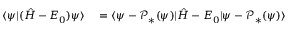
\begin{array} { r l } { \langle \psi | ( \hat { H } - E _ { 0 } ) \psi \rangle } & { { } = \langle \psi - \mathcal { P } _ { * } ( \psi ) | \hat { H } - E _ { 0 } | \psi - \mathcal { P } _ { * } ( \psi ) \rangle } \end{array}